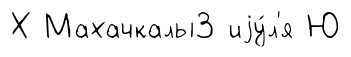
Х Махачкалы3 иjу́л'я Ю